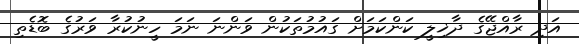
އަދި ރާއްޖޭގެ ދާޚިލީ ކަންކަމަށް ގައުމުތަކުން ވަންނަ ނަމަ ހީނުކުރާ ވަރުގެ ބޮޑެތި